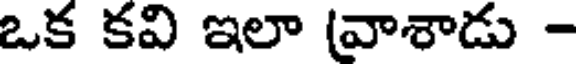
ఒక కవి ఇలా (వాశాడు -